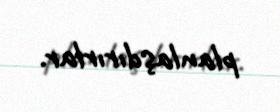
planlaşdırırlar.